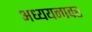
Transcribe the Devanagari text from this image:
अध्ययनावर